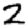
Digit: 2